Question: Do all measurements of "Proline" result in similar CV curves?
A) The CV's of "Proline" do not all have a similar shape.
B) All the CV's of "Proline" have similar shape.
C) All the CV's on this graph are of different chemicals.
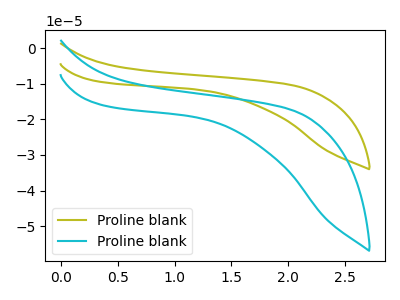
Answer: <think>The olive curve "Proline blank1" has no peaks. The cyan curve "Proline blank2" has no peaks.
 Neither "Proline blank1" or "Proline blank2" have any peaks.</think>
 <answer>B) All the CV's of "Proline" have similar shape.</answer>
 <eval>B</eval>